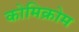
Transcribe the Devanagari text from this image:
कोमिक्रोम